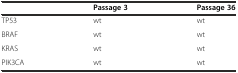
<table><thead><tr><td>[EMPTY_CELL]</td><td><b>Passage 3</b></td><td><b>Passage 36</b></td></tr></thead><tbody><tr><td>TP53</td><td>wt</td><td>wt</td></tr><tr><td>BRAF</td><td>wt</td><td>wt</td></tr><tr><td>KRAS</td><td>wt</td><td>wt</td></tr><tr><td>PIK3CA</td><td>wt</td><td>wt</td></tr></tbody></table>